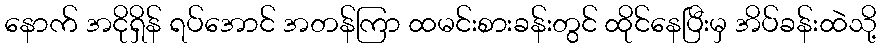
နောက် အငိုရှိန် ရပ်အောင် အတန်ကြာ ထမင်းစားခန်းတွင် ထိုင်နေပြီးမှ အိပ်ခန်းထဲသို့